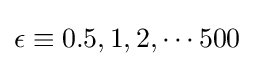
\epsilon \equiv 0.5,1,2,\cdots 500